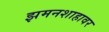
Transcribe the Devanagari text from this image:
झमनशाहावर